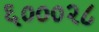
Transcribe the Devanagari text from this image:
६०००२८